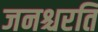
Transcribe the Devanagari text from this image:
जनश्चरति